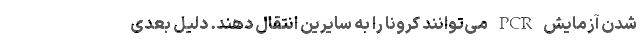
شدن آزمایش PCR می‌توانند کرونا را به سایرین انتقال دهند. دلیل بعدی